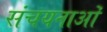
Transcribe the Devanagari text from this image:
संचयनाओं